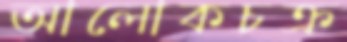
আলোকচক্র